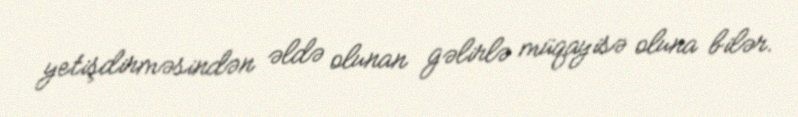
yetişdirməsindən əldə olunan gəlirlə müqayisə oluna bilər.